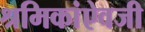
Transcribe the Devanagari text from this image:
श्रमिकांऐवजी